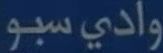
واديسبو